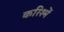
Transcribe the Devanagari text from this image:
करिश्में